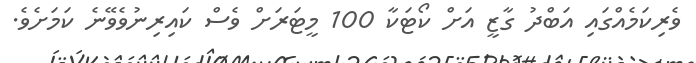
ވެރިކަމެއްގައި އަބްދު ގާޒީ އަށް ކޯޓަކާ 100 މީޓަރަށް ވެސް ކައިރިނުވެވޭނެ ކަމަށެވެ.